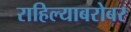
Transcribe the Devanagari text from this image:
राहिल्याबरोबर